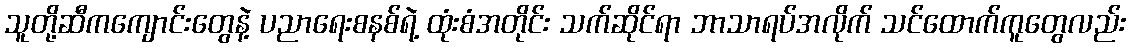
သူတို့ဆီကကျောင်းတွေနဲ့ ပညာရေးစနစ်ရဲ့ ထုံးစံအတိုင်း သက်ဆိုင်ရာ ဘာသာရပ်အလိုက် သင်ထောက်ကူတွေလည်း